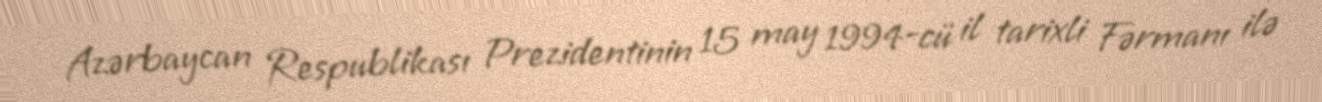
Azərbaycan Respublikası Prezidentinin 15 may 1994-cü il tarixli Fərmanı ilə